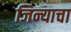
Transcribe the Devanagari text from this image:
जिन्याचा